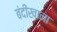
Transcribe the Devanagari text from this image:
बंदीखाना